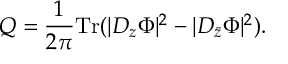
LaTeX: Q = \frac { 1 } { 2 \pi } \mathrm { T r } ( | D _ { z } \Phi | ^ { 2 } - | D _ { \bar { z } } \Phi | ^ { 2 } ) .